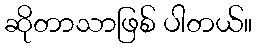
ဆိုတာသာဖြစ် ပါတယ်။